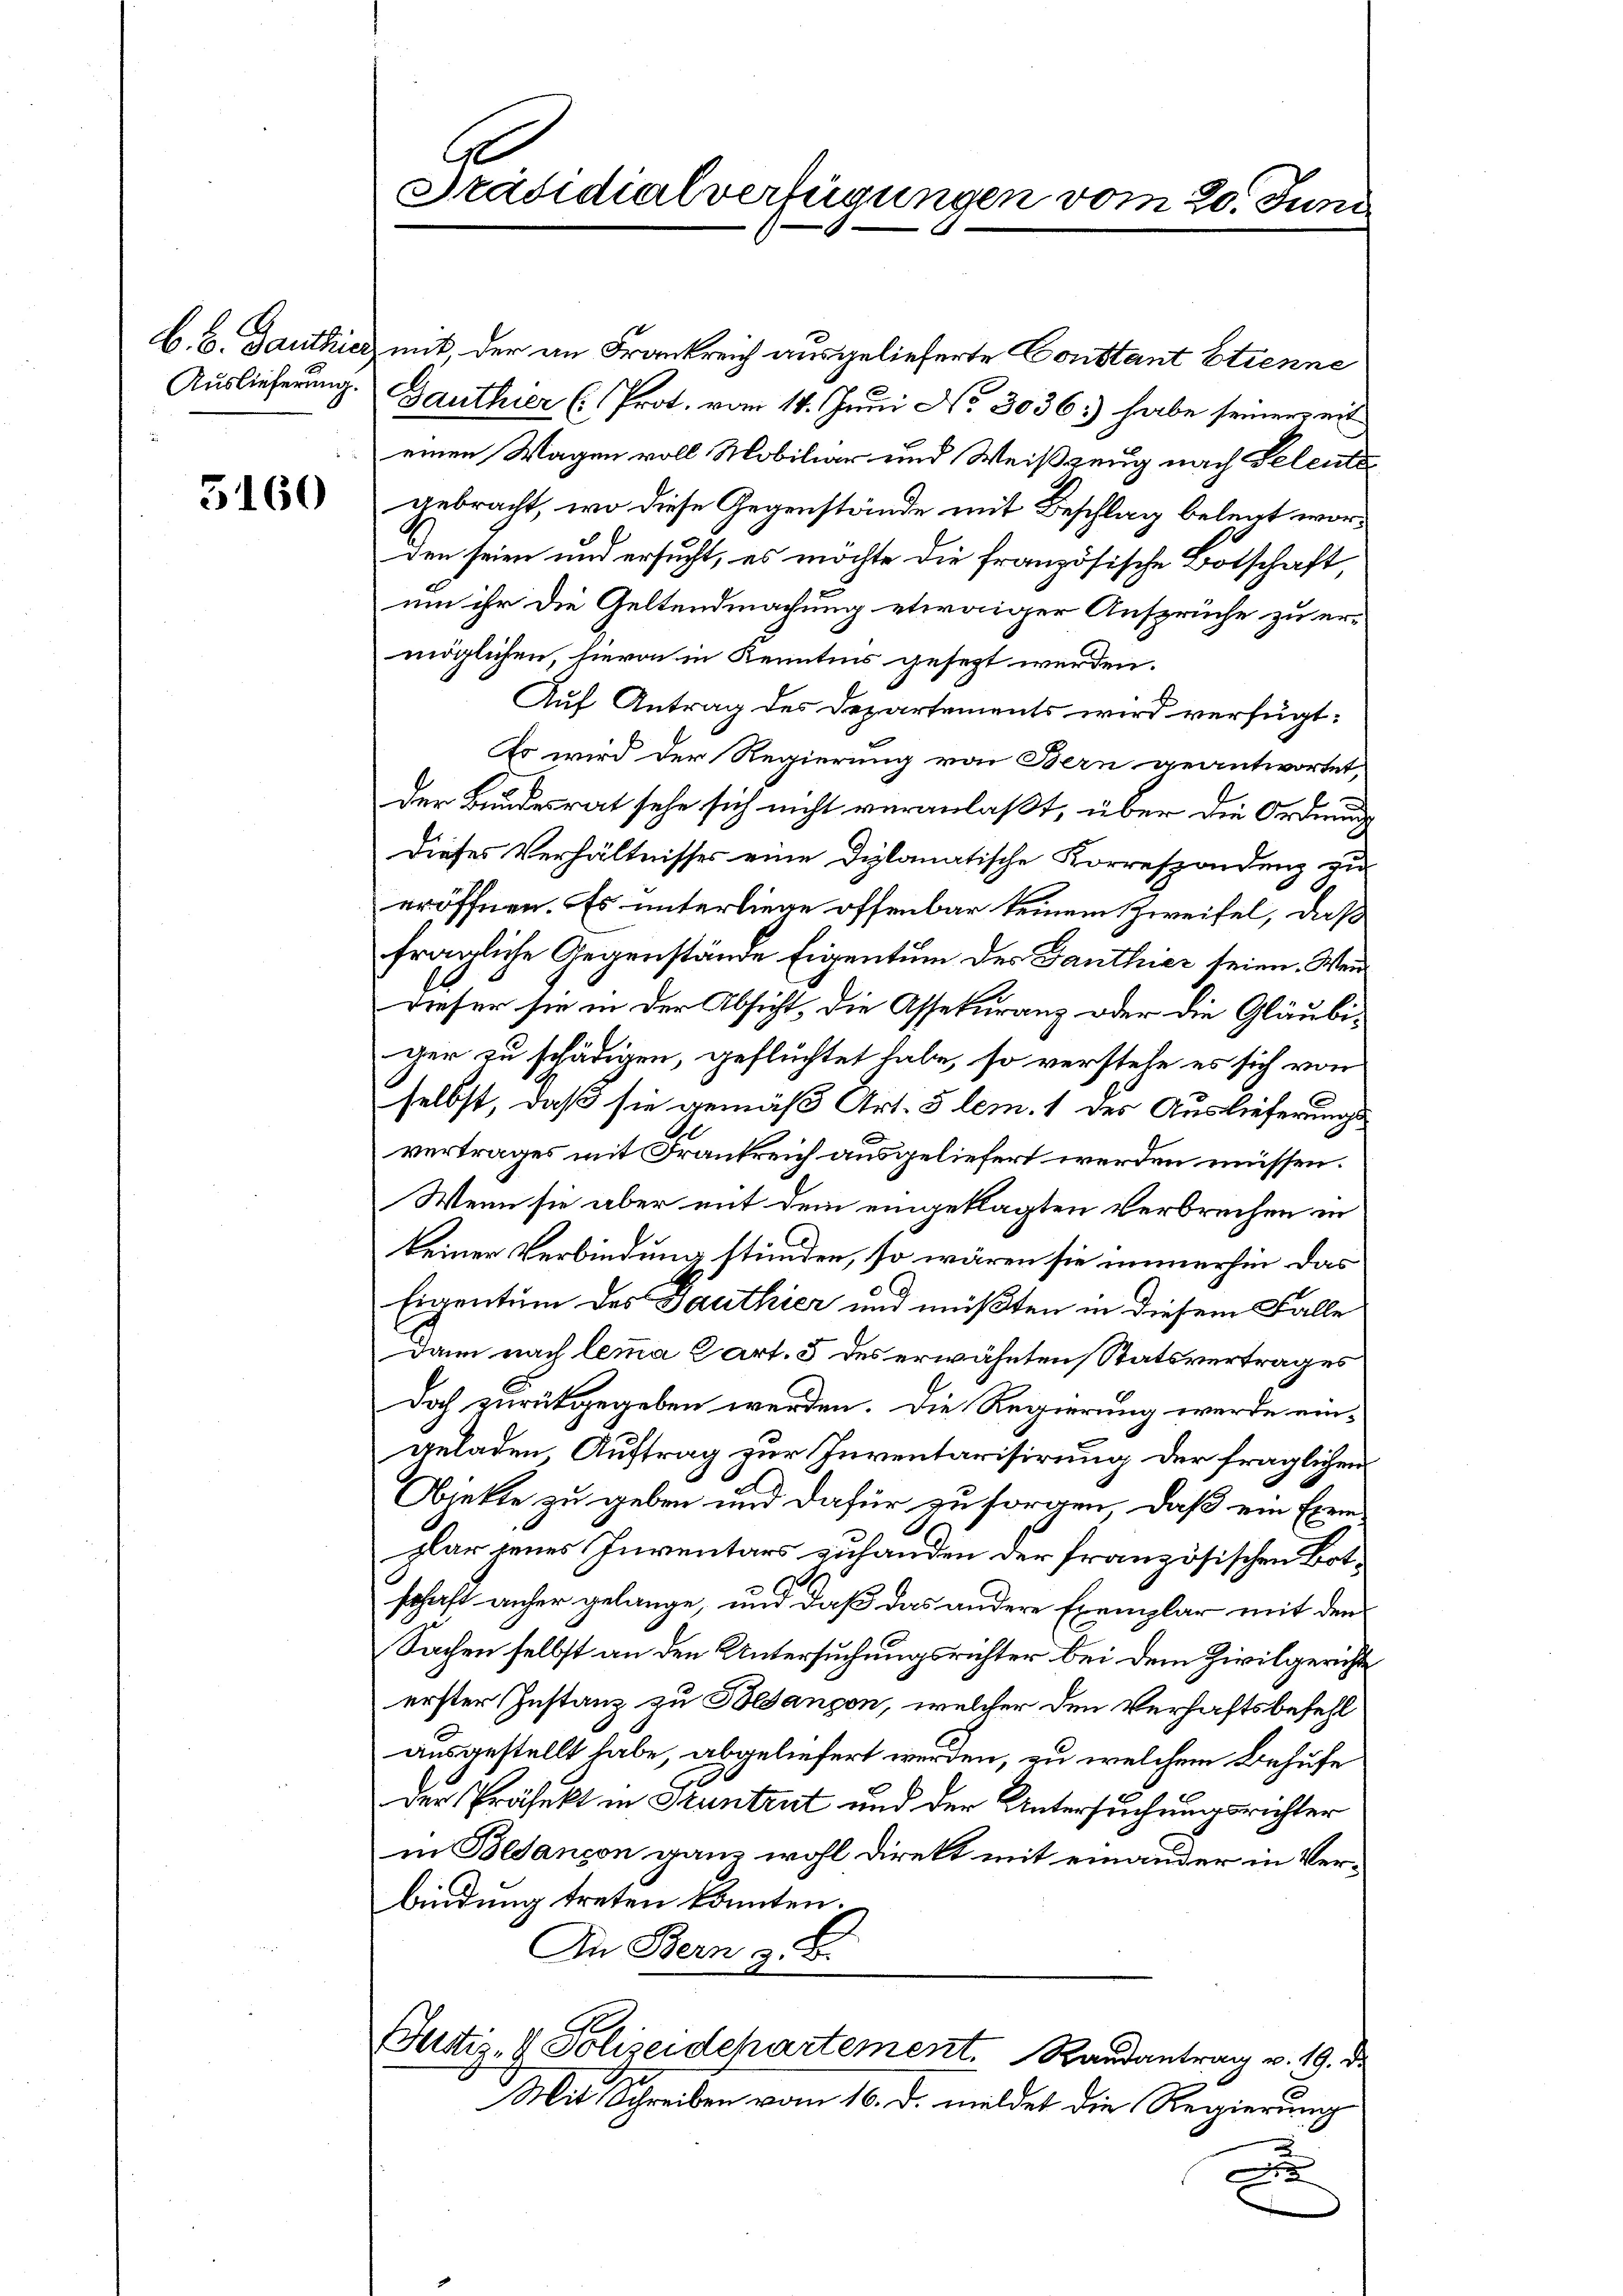
B. b. Danthier
Auslieferung.

3160

Präsidialverfügungen vom 20. Juni

mit der an Frankreich ausgelieferte Constant Etienne
Gauthier (Prot. vom 14. Juni No 3036.) habe seinereit
einen Wagen voll Mobiliar und Weißzeug nach Beleutegebracht, wo diese Gegenstände mit Beschlag beleut worden seien und ersucht, es möchte die französische Botschaft
um ihr die Geltendmachung etwaiger Ansprüche zu ermöglichen, hievon in Kenntnis gesezt werden.
Auf Antrag des Departements wird verfügt:
Es wird der Regierung von Bern geantwortet,
der Bundesrat sehe sich nicht veranlaßt, über die Ordnung
Dieses Verhältnisses eine Diplomatische Korrespondenz zu
eröffnen. Es unterliege offenbar keinem Zweifel, daß
fragliche Gegenstände Eigentum des Ganthier seien. Wen
Dieser sie in der Absicht, die Assekuranz oder die Gläubiger zu schädigen, gefluchtet habe, so verstehe es sich von
selbst, daß sie gemäß Art. 5 lem. 1 des Auslieferungsvertrages mit Frankreich ausgeliefert werden müssen.
Wenn sie aber mit dem eingeklagten Verbrechen in
keiner Verbindung stünden, so wären sie immerhin das
C
Eigentum des Fauthier und müßten in diesem Falle
Dann nach lemma Cart. 5 des erwähnten Statsvertrages
doch zurückgegeben werden. Die Regierung werde eingeladen Auftrag zur Inventarisirung der fraglichen
Objekte zu geben und dafür zu sorgen, daß ein Exemplar jenes Inventars zuhanden der französischen Bot¬
2
schaft anher gelange, und daß das andere Exemplar mit den
Sachen selbst an den Untersuchungsrichter bei dem Zivilgericht
erster Instanz zu Besançon, welcher den Verhaftsbefehl
ausgestellt habe, abgeliefert werden, zu welchem Behufe
Der Präfekt in Huntrut und der Untersuchungsrichter
in Besançon ganz wohl Direkt mit einander in Verbindung treten könnten.
An Bern z. B.
Ge
Justiz- & Polizeidchartement. Randantrag v. 19. d.
Mit Schreiben vom 16. d. meldet die Regierung
D